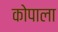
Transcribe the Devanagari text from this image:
कोपाला